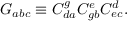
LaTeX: G _ { a b c } \equiv C _ { d a } ^ { g } C _ { g b } ^ { e } C _ { e c } ^ { d } .